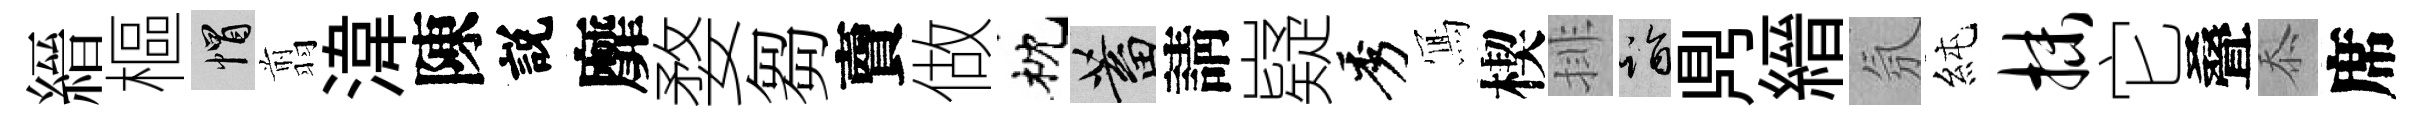
縉樞帽翦湋陳説靡婺芻𧶠做枕蓄請嶷秀𭂁楔排诣𪔂縉氛純抹它叠忝席